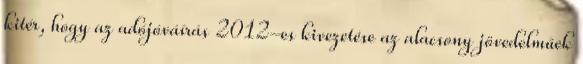
kitér, hogy az adójóváírás 2012-es kivezetése az alacsony jövedelműek